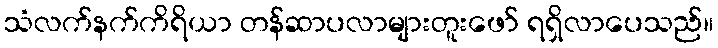
သံလက်နက်ကိရိယာ တန်ဆာပလာများတူးဖော် ရရှိလာပေသည်။